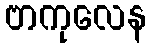
ဗာကုလေန